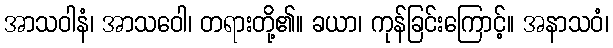
အာသဝါနံ၊ အာသဝေါ၊ တရားတို့၏။ ခယာ၊ ကုန်ခြင်းကြောင့်။ အနာသဝံ၊